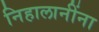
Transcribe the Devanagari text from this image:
निहालानींना